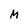
Character: M